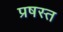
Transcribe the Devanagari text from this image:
प्रषस्त